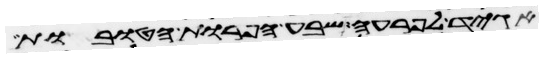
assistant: אגיד לפרעה שבע הפרות הטובות